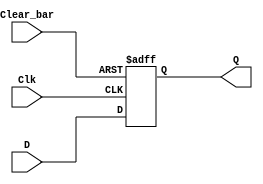
// Octal D flip-flop with clear

module ttl_74273 #(parameter WIDTH = 8, DELAY_RISE = 0, DELAY_FALL = 0)
(
  input Clear_bar,
  input [WIDTH-1:0] D,
  input Clk,
  output [WIDTH-1:0] Q
);

//------------------------------------------------//
reg [WIDTH-1:0] Q_current;

always @(posedge Clk or negedge Clear_bar)
begin
  if (!Clear_bar)
    Q_current <= {WIDTH{1'b0}};
  else
    Q_current <= D;
end
//------------------------------------------------//

assign #(DELAY_RISE, DELAY_FALL) Q = Q_current;

endmodule